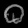
Digit: ၀